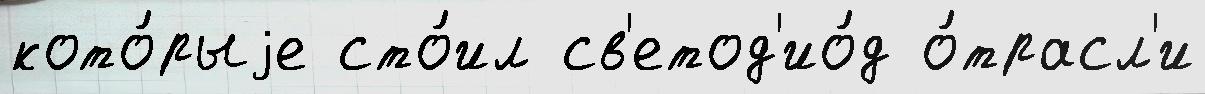
кото́рыjе сто́ил св'етод'ио́д о́трасл'и